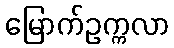
မြောက်ဥက္ကလာ